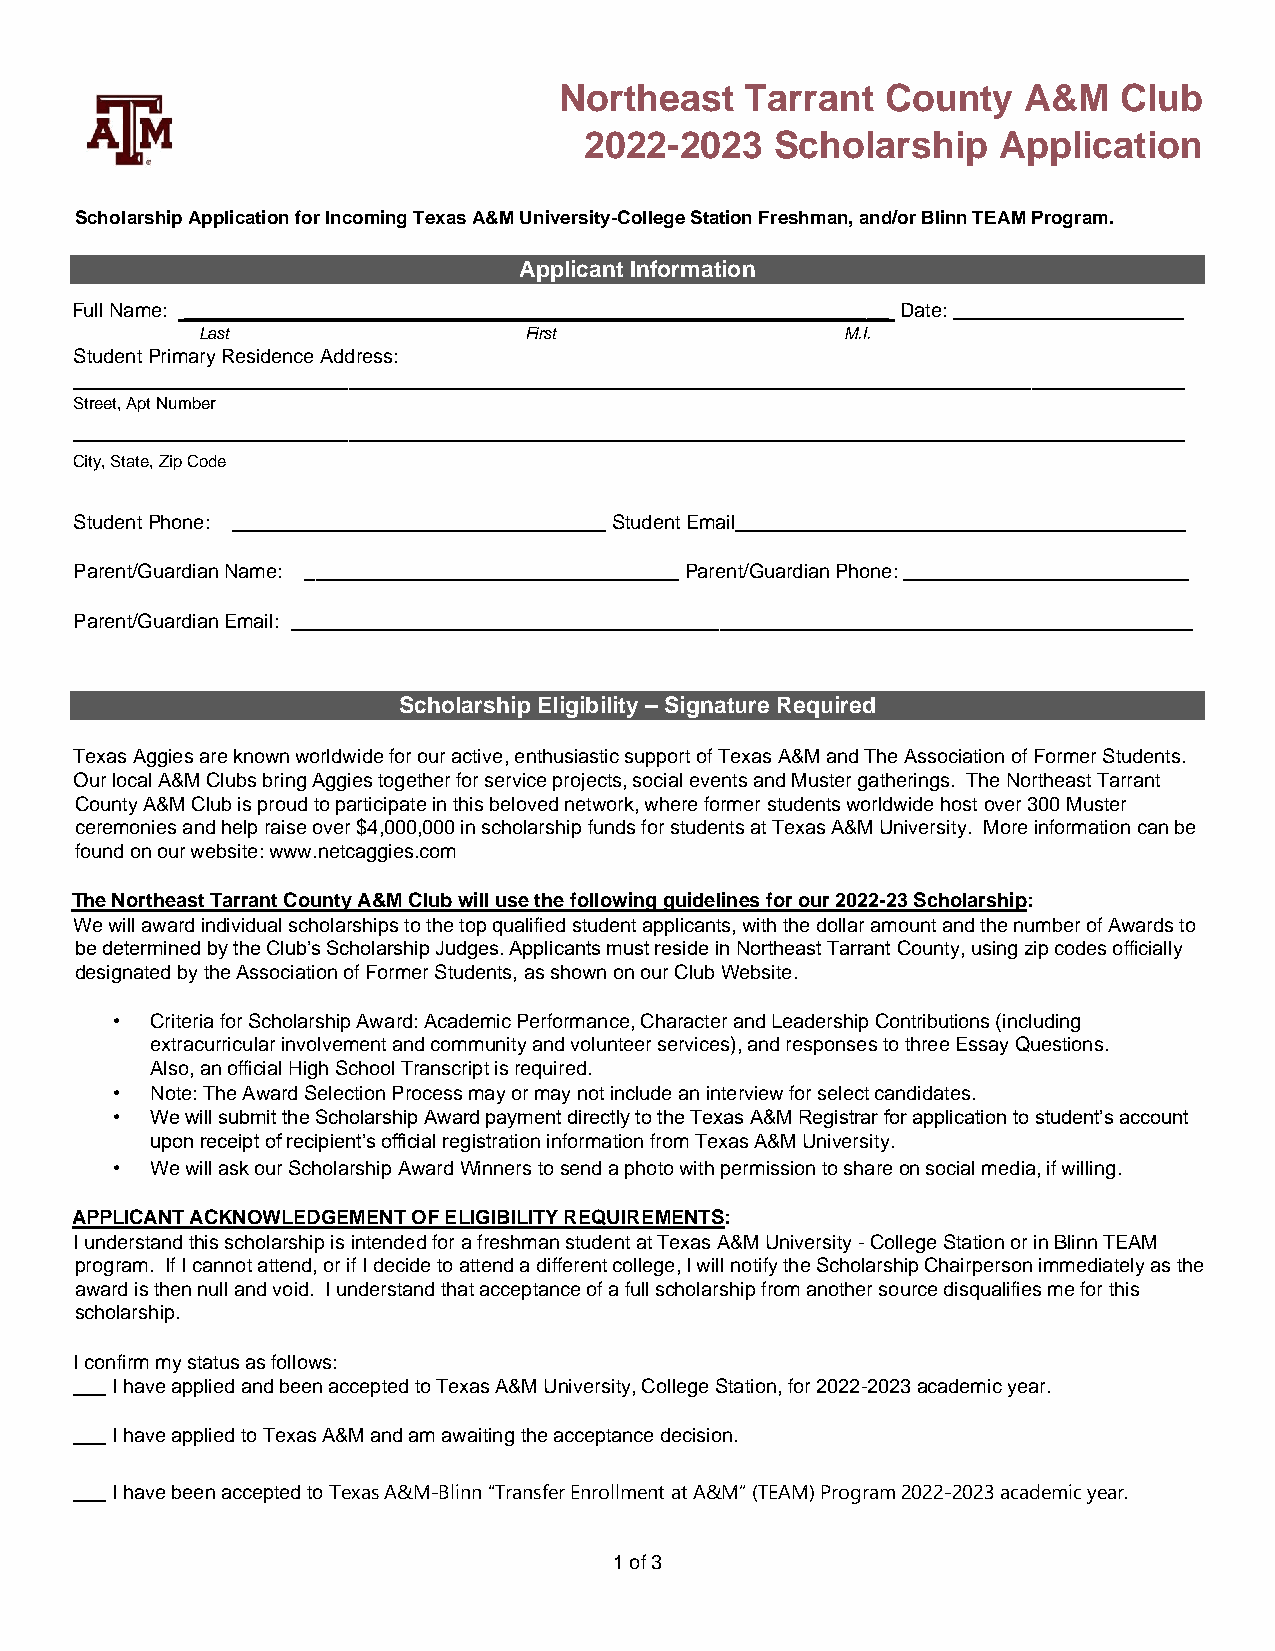
Northeast   Tarrant   County   A&M   Club
 2022-2023   Scholarship    Application
 Scholarship Application for Incoming Texas A&M University-College Station Freshman, and/or Blinn TEAM Program.
 Applicant Information
 Full Name: ________________________________________________________________ Date: _____________________
 Last                  First                M.I.
 Student Primary Residence Address:
 _____________________________________________________________________________________________________
 Street, Apt Number
 _____________________________________________________________________________________________________
 City, State, Zip Code
 Student Phone: __________________________________ Student Email_________________________________________
 Parent/Guardian Name: __________________________________ Parent/Guardian Phone: __________________________
 Parent/Guardian Email: __________________________________________________________________________________
 Scholarship Eligibility – Signature Required
 Texas Aggies are known worldwide for our active, enthusiastic support of Texas A&M and The Association of Former Students.
 Our local A&M Clubs bring Aggies together for service projects, social events and Muster gatherings. The Northeast Tarrant
 County A&M Club is proud to participate in this beloved network, where former students worldwide host over 300 Muster
 ceremonies and help raise over $4,000,000 in scholarship funds for students at Texas A&M University. More information can be
 found on our website: www.netcaggies.com
 The Northeast Tarrant County A&M Club will use the following guidelines for our 2022-23 Scholarship:
 We will award individual scholarships to the top qualified student applicants, with the dollar amount and the number of Awards to
 be determined by the Club’s Scholarship Judges. Applicants must reside in Northeast Tarrant County, using zip codes officially
 designated by the Association of Former Students, as shown on our Club Website.
 •  Criteria for Scholarship Award: Academic Performance, Character and Leadership Contributions (including
 extracurricular involvement and community and volunteer services), and responses to three Essay Questions.
 Also, an official High School Transcript is required.
 •  Note: The Award Selection Process may or may not include an interview for select candidates.
 •  We will submit the Scholarship Award payment directly to the Texas A&M Registrar for application to student’s account
 upon receipt of recipient’s official registration information from Texas A&M University.
 •  We will ask our Scholarship Award Winners to send a photo with permission to share on social media, if willing.
 APPLICANT ACKNOWLEDGEMENT OF ELIGIBILITY REQUIREMENTS:
 I understand this scholarship is intended for a freshman student at Texas A&M University - College Station or in Blinn TEAM
 program. If I cannot attend, or if I decide to attend a different college, I will notify the Scholarship Chairperson immediately as the
 award is then null and void. I understand that acceptance of a full scholarship from another source disqualifies me for this
 scholarship.
 I confirm my status as follows:
 ___ I have applied and been accepted to Texas A&M University, College Station, for 2022-2023 academic year.
 ___ I have applied to Texas A&M and am awaiting the acceptance decision.
 ___ I have been accepted to Texas A&M-Blinn “Transfer Enrollment at A&M” (TEAM) Program 2022-2023 academic year.
 1 of 3